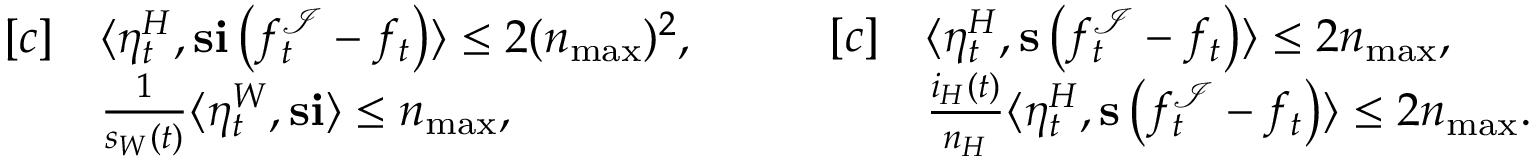
\begin{array} { r l } { [ c ] } & { \langle \eta _ { t } ^ { H } , \mathbf { s } \mathbf { i } \left( f _ { t } ^ { \mathcal { I } } - f _ { t } \right) \rangle \leq 2 ( n _ { \operatorname* { m a x } } ) ^ { 2 } , } \\ & { \frac { 1 } { s _ { W } ( t ) } \langle \eta _ { t } ^ { W } , \mathbf { s } \mathbf { i } \rangle \leq n _ { \operatorname* { m a x } } , } \end{array} \quad \quad \begin{array} { r l } { [ c ] } & { \langle \eta _ { t } ^ { H } , \mathbf { s } \left( f _ { t } ^ { \mathcal { I } } - f _ { t } \right) \rangle \leq 2 n _ { \operatorname* { m a x } } , } \\ & { \frac { i _ { H } ( t ) } { n _ { H } } \langle \eta _ { t } ^ { H } , \mathbf { s } \left( f _ { t } ^ { \mathcal { I } } - f _ { t } \right) \rangle \leq 2 n _ { \operatorname* { m a x } } . } \end{array}